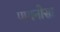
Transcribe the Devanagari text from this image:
पायनोसा